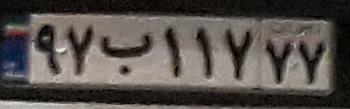
۹۷ب۱۱۷۷۷